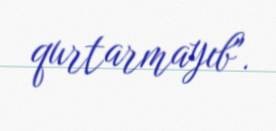
qurtarmayıb".